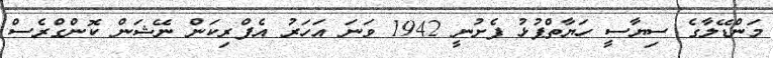
މަންޑޭލާގެ ސިޔާސީ ހަޔާތްޕުޅު ފެށުނީ 1942 ވަނަ އަހަރު އެފްރިކަން ނޭޝަން ކޮންގްރެސް